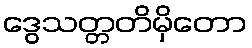
ဒွေသတ္တတိမှိတော